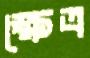
ক্ষেত্র